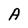
Character: A